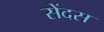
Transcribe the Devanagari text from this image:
सेंदस